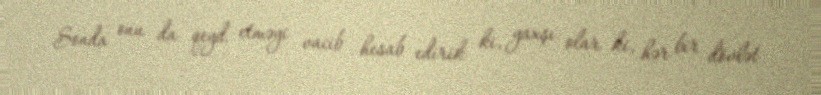
Sonda onu da qeyd etməyi vacib hesab edirik ki, yaxşı olar ki, hər bir dövlət